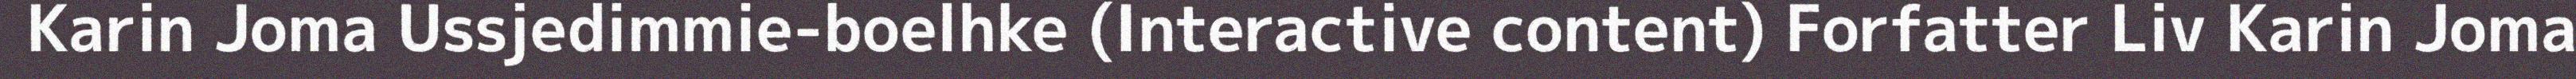
Karin Joma Ussjedimmie-boelhke (Interactive content) Forfatter Liv Karin Joma